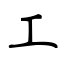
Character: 工